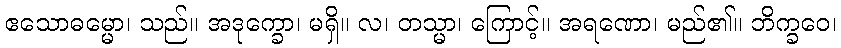
ဧသောဓမ္မော၊ သည်။ အဒုက္ခော၊ မရှိ။ လ၊ တသ္မာ၊ ကြောင့်။ အရဏော၊ မည်၏။ ဘိက္ခဝေ၊